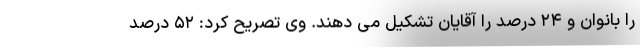
را بانوان و ۲۴ درصد را آقایان تشکیل می دهند. وی تصریح کرد: ۵۲ درصد